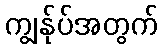
ကျွန်ုပ်အတွက်